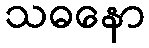
သဓနော